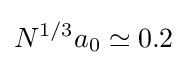
N^{1/3}a_{0}\simeq 0.2